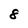
Character: 8